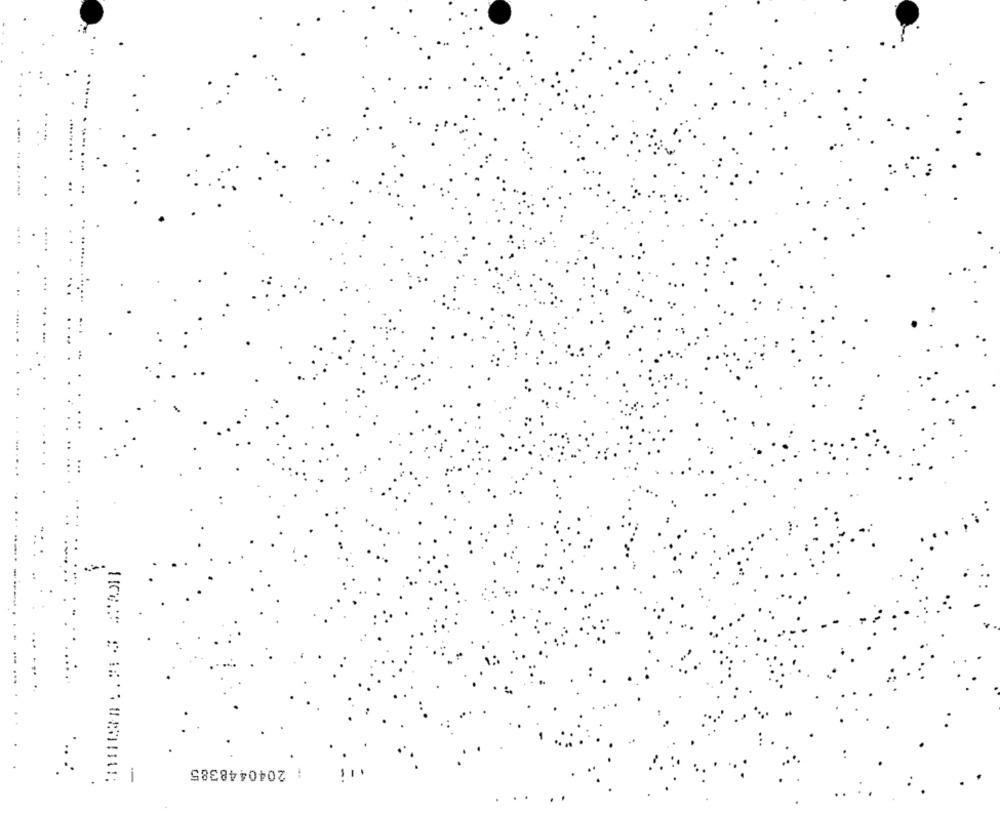
2040448385
-